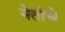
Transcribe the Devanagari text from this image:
नेतीचे